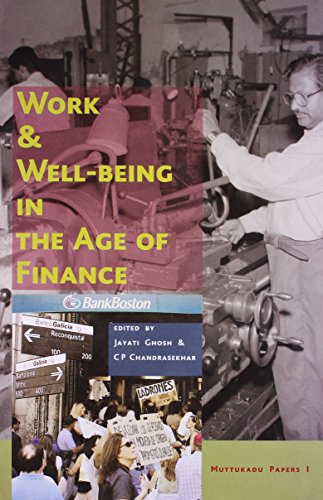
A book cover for Work & Well-Being in the Age of Finance; Business & Money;